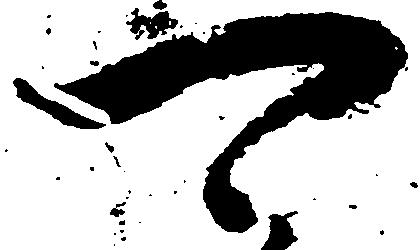
可